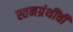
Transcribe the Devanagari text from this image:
स्तनग्रंथींची